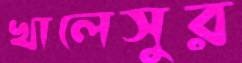
খালেসুর